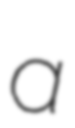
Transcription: a